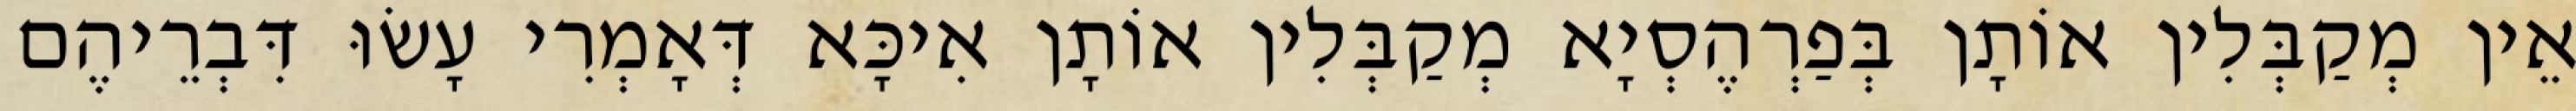
אֵין מְקַבְּלִין אוֹתָן בְּפַרְהֶסְיָא מְקַבְּלִין אוֹתָן אִיכָּא דְּאָמְרִי עָשׂוּ דִּבְרֵיהֶם